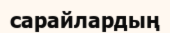
сарайлардың